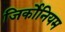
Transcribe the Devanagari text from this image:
जिर्कोनियम